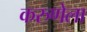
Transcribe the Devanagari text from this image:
करुणेला